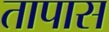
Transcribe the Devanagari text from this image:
तापास